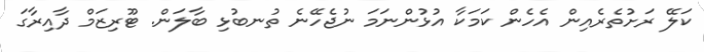
ކަލޭ ރަށުތެރެއިން އެހެން ކަމަކާ އުޅުންނަމަ ނުޖެހޭނެ ތުނބުޅި ބާލަން. ޓޫރިޒަމް ދާއިރާގަ